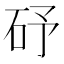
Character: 䂛